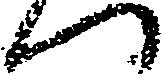
へ